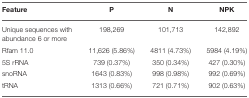
<table><thead><tr><td><b>Feature</b></td><td><b>P</b></td><td><b>N</b></td><td><b>NPK</b></td></tr></thead><tbody><tr><td>Unique sequences with abundance 6 or more</td><td>198,269</td><td>101,713</td><td>142,892</td></tr><tr><td>Rfam 11.0</td><td>11,626 (5.86%)</td><td>4811 (4.73%)</td><td>5984 (4.19%)</td></tr><tr><td>5S rRNA</td><td>739 (0.37%)</td><td>350 (0.34%)</td><td>427 (0.30%)</td></tr><tr><td>snoRNA</td><td>1643 (0.83%)</td><td>998 (0.98%)</td><td>992 (0.69%)</td></tr><tr><td>tRNA</td><td>1313 (0.66%)</td><td>721 (0.71%)</td><td>902 (0.63%)</td></tr></tbody></table>